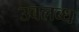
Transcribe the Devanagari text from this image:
उबलब्ध